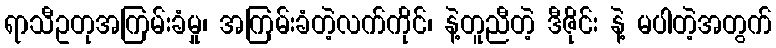
ရာသီဥတုအကြမ်းခံမှု၊ အကြမ်းခံတဲ့လက်ကိုင်၊ နဲ့တူညီတဲ့ ဒီဇိုင်း နဲ့ မပါတဲ့အတွက်